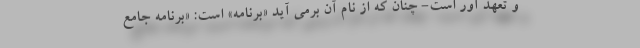
و تعهد آور است- چنان که از نام آن برمی آید «برنامه» است: «برنامه جامع